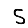
Digit: 5